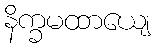
နိက္ခမထာယျေ